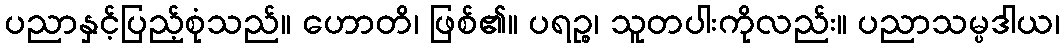
ပညာနှင့်ပြည့်စုံသည်။ ဟောတိ၊ ဖြစ်၏။ ပရဉ္စ၊ သူတပါးကိုလည်း။ ပညာသမ္ပဒါယ၊